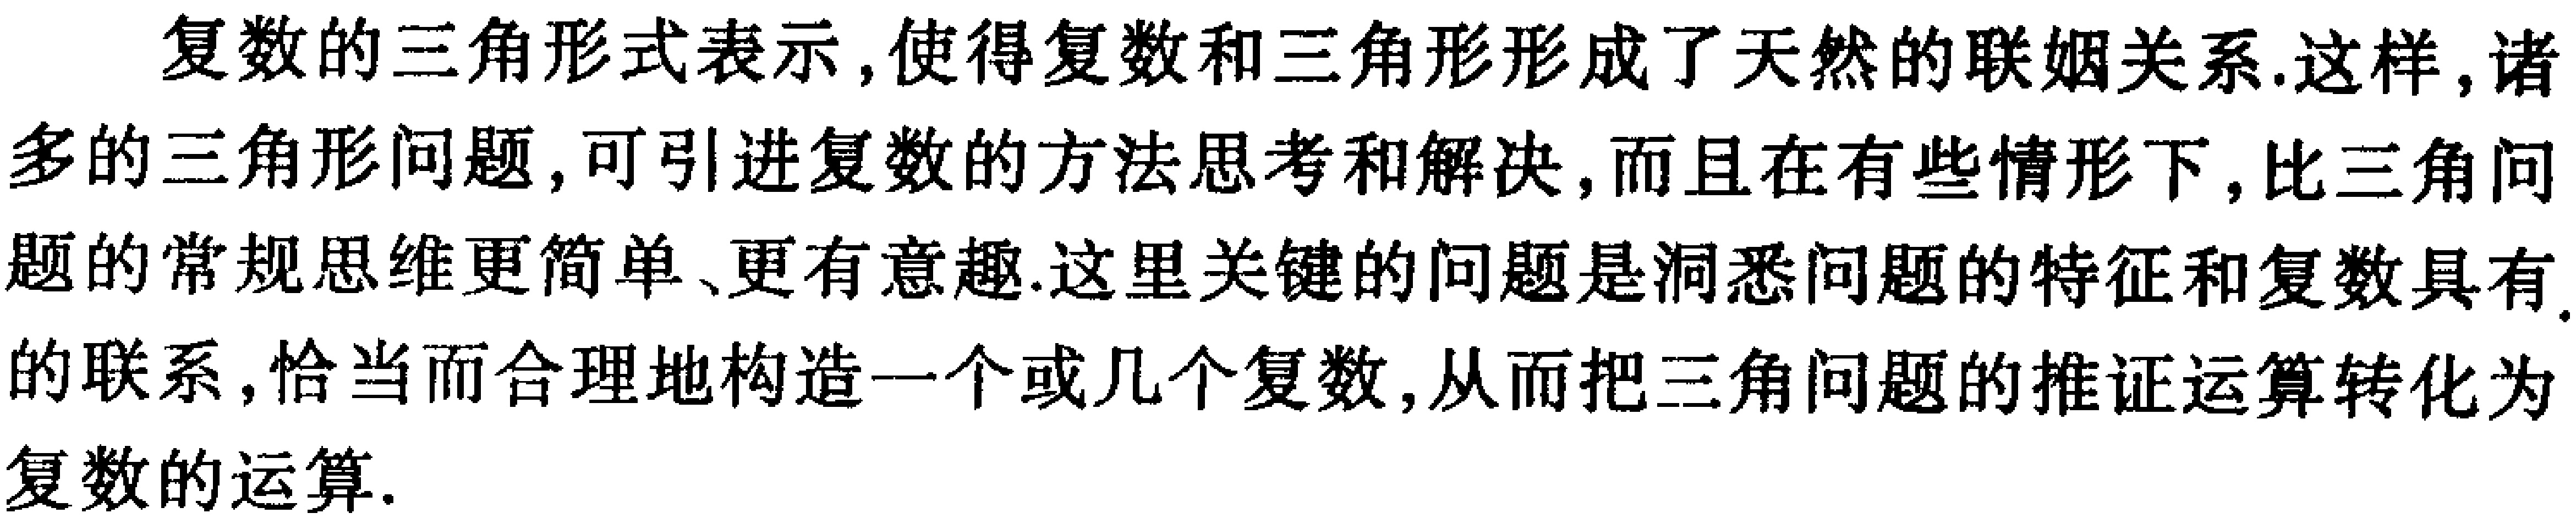
复数的三角形式表示，使得复数和三角形形成了天然的联姻关系.这样，诸多的三角形问题，可引进复数的方法思考和解决，而且在有些情形下，比三角问题的常规思维更简单、更有意趣.这里关键的问题是洞悉问题的特征和复数具有的联系，恰当而合理地构造一个或几个复数，从而把三角问题的推证运算转化为复数的运算.